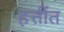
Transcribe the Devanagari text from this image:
हत्तींत